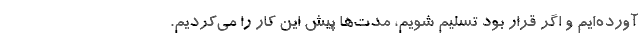
آورده‌ایم و اگر قرار بود تسلیم شویم، مدت‌ها پیش این کار را می‌کردیم.